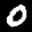
Label: 0